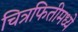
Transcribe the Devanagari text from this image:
चित्रफितीमध्ये